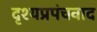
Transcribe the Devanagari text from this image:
दृश्यप्रपंचवाद